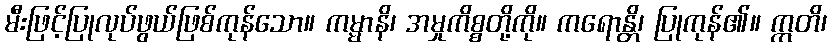
မီးဖြင့်ပြုလုပ်ဖွယ်ဖြစ်ကုန်သော။ ကမ္မာနိ၊ အမှုကိစ္စတို့ကို။ ကရောန္တိ၊ ပြုကုန်၏။ ဣတိ၊